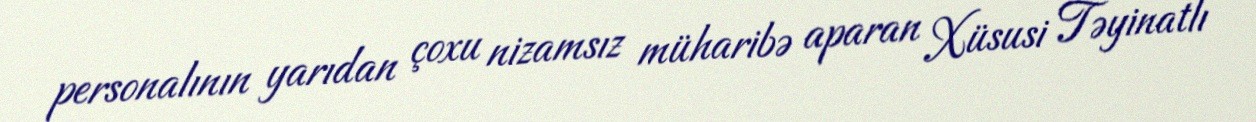
personalının yarıdan çoxu nizamsız müharibə aparan Xüsusi Təyinatlı